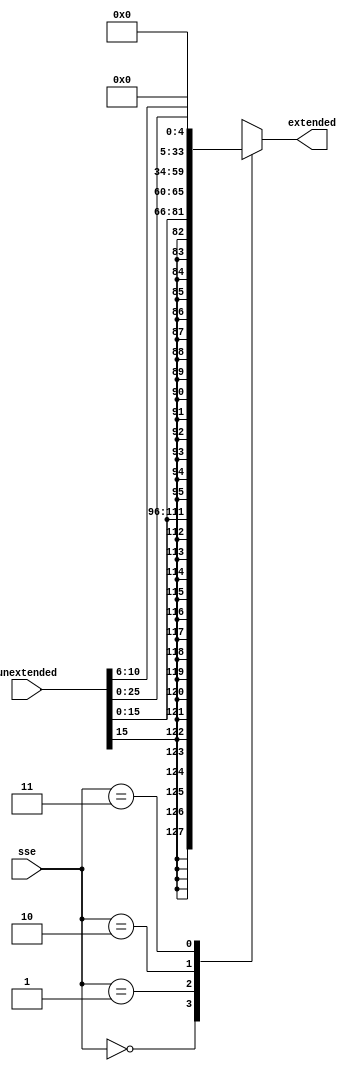
module Sign_Extender (
  output 	[31:0] 	extended,
  input		[31:0] 	unextended,
  input   [1:0]   sse
);
  reg  [31:0] result;
  assign extended = result;

  //{{16{unextended[15]}}, unextended}
  always @(*)
    begin
      case(sse)
        2'b00: // Sign extend 16 bit
          result = {{16{unextended[15]}}, unextended[15:0]};

        2'b01: // Sign extend 16 bit and Shift Left by 2
          result = {{16{unextended[15]}}, unextended[15:0]} << 2;

        2'b10: // Shift 26 bit Left by 2
          result = unextended[25:0] << 2;

        2'b11:
          result = {27'b0, unextended[10:6]};

        default: result = 32'b0;
      endcase
    end  
endmodule